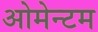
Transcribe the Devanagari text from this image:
ओमेन्टम